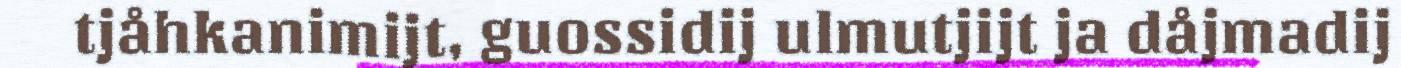
tjåhkanimijt, guossidij ulmutjijt ja dåjmadij